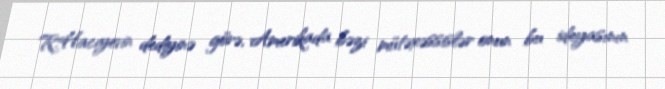
R.Hacıyevin dediyinə görə, Amerikada bəzi mütəxəssislər onun bu ideyasının